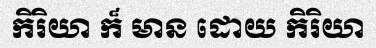
កិរិយា ក៏ មាន ដោយ កិរិយា